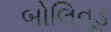
બોલિવૂડ